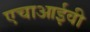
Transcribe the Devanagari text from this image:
एचाआईवी